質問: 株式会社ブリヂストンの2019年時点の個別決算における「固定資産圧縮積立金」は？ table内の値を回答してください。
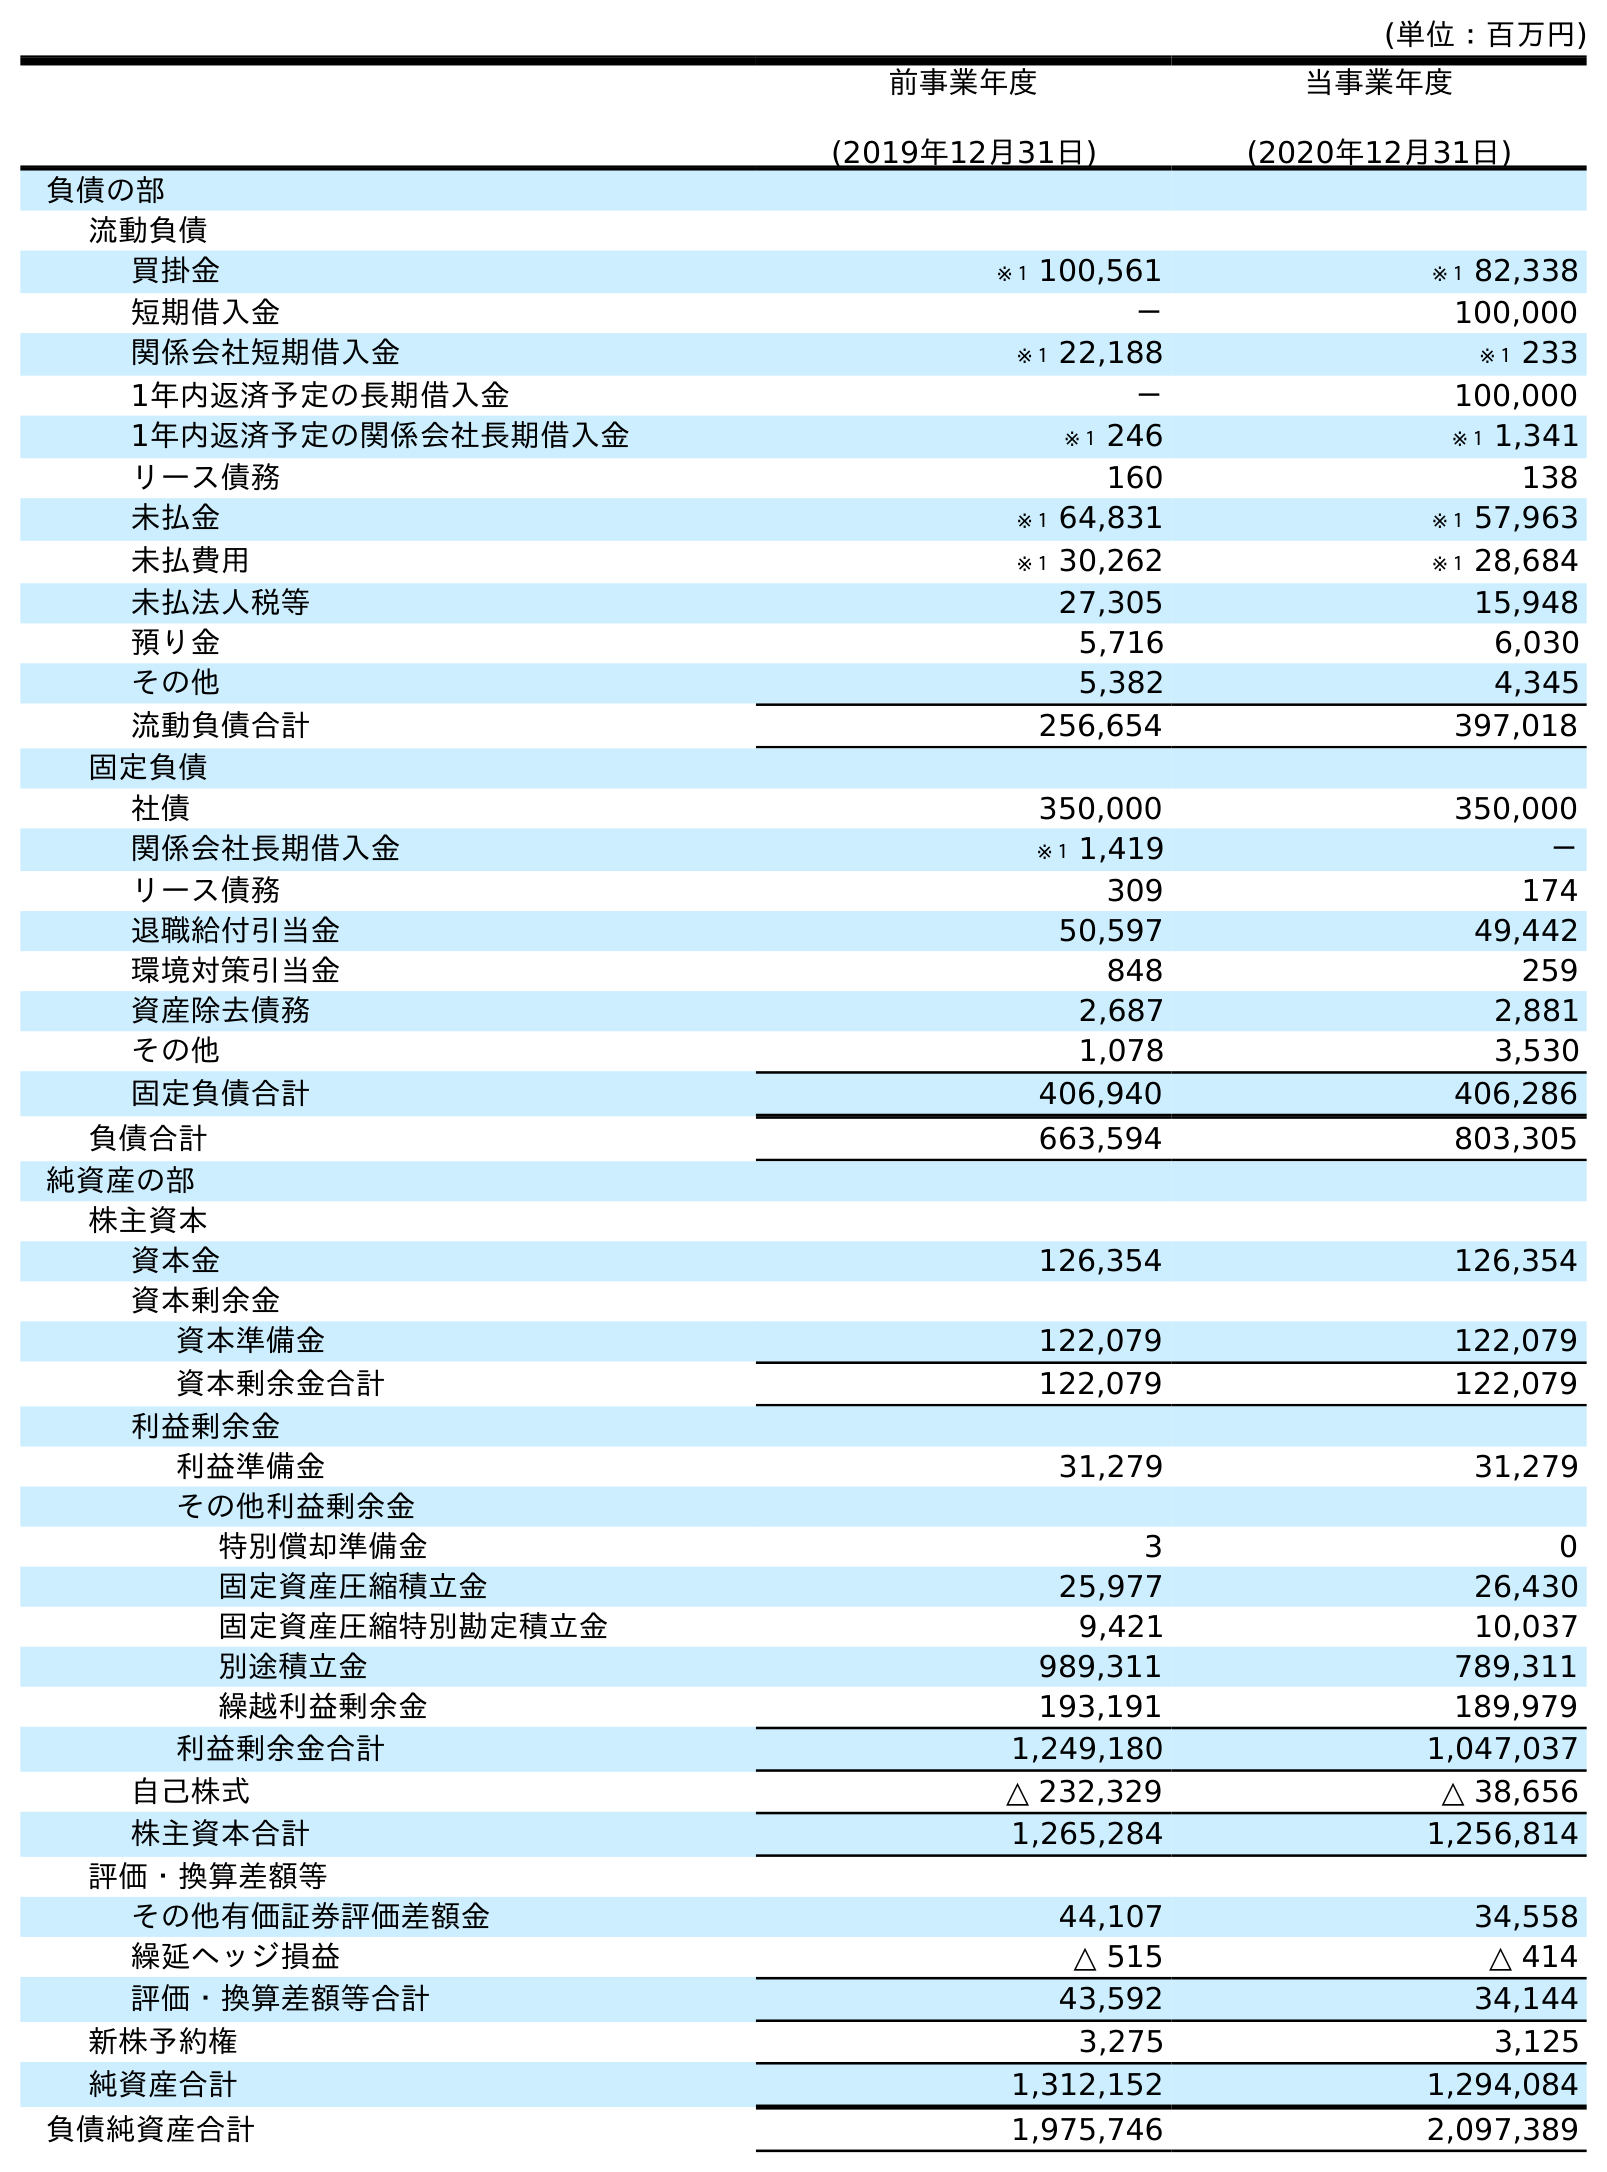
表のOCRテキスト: (単位：百万円) 前事業年度 (2019年12月31日) 当事業年度 (2020年12月31日) 負債の部 流動負債 買掛金 ※１ 100,561 ※１ 82,338 短期借入金 － 100,000 関係会社短期借入金 ※１ 22,188 ※１ 233 1年内返済予定の長期借入金 － 100,000 1年内返済予定の関係会社長期借入金 ※１ 246 ※１ 1,341 リース債務 160 138 未払金 ※１ 64,831 ※１ 57,963 未払費用 ※１ 30,262 ※１ 28,684 未払法人税等 27,305 15,948 預り金 5,716 6,030 その他 5,382 4,345 流動負債合計 256,654 397,018 固定負債 社債 350,000 350,000 関係会社長期借入金 ※１ 1,419 － リース債務 309 174 退職給付引当金 50,597 49,442 環境対策引当金 848 259 資産除去債務 2,687 2,881 その他 1,078 3,530 固定負債合計 406,940 406,286 負債合計 663,594 803,305 純資産の部 株主資本 資本金 126,354 126,354 資本剰余金 資本準備金 122,079 122,079 資本剰余金合計 122,079 122,079 利益剰余金 利益準備金 31,279 31,279 その他利益剰余金 特別償却準備金 3 0 固定資産圧縮積立金 25,977 26,430 固定資産圧縮特別勘定積立金 9,421 10,037 別途積立金 989,311 789,311 繰越利益剰余金 193,191 189,979 利益剰余金合計 1,249,180 1,047,037 自己株式 △ 232,329 △ 38,656 株主資本合計 1,265,284 1,256,814 評価・換算差額等 その他有価証券評価差額金 44,107 34,558 繰延ヘッジ損益 △ 515 △ 414 評価・換算差額等合計 43,592 34,144 新株予約権 3,275 3,125 純資産合計 1,312,152 1,294,084 負債純資産合計 1,975,746 2,097,389
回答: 25,977